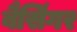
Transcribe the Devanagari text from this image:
बैसिंगर